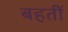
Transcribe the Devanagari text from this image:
बहतीं